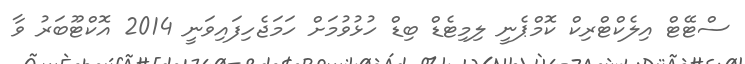
ސްޓޭޓް އިލެކްޓްރިކް ކޮމްޕެނީ ލިމިޓެޑް ބިޑް ހުޅުވުމަށް ހަމަޖެހިފައިވަނީ 2014 އޮކްޓޫބަރު ވާ